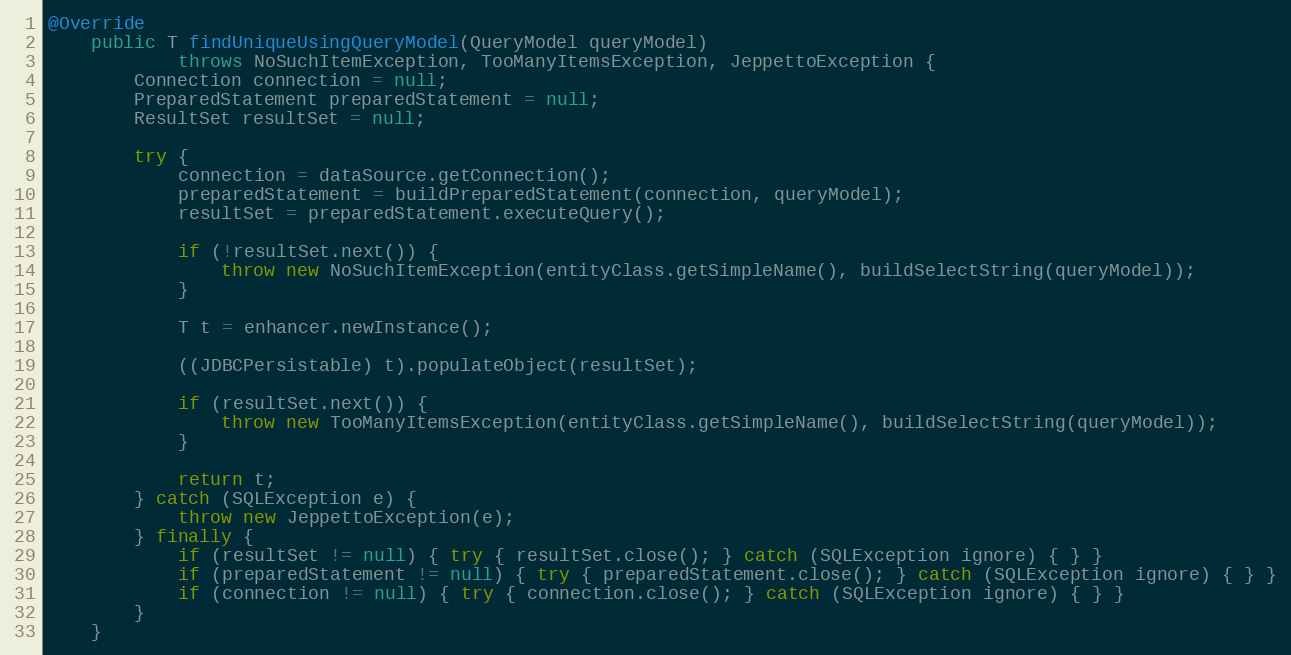
Language: Java
@Override
    public T findUniqueUsingQueryModel(QueryModel queryModel)
            throws NoSuchItemException, TooManyItemsException, JeppettoException {
        Connection connection = null;
        PreparedStatement preparedStatement = null;
        ResultSet resultSet = null;

        try {
            connection = dataSource.getConnection();
            preparedStatement = buildPreparedStatement(connection, queryModel);
            resultSet = preparedStatement.executeQuery();

            if (!resultSet.next()) {
                throw new NoSuchItemException(entityClass.getSimpleName(), buildSelectString(queryModel));
            }

            T t = enhancer.newInstance();

            ((JDBCPersistable) t).populateObject(resultSet);

            if (resultSet.next()) {
                throw new TooManyItemsException(entityClass.getSimpleName(), buildSelectString(queryModel));
            }

            return t;
        } catch (SQLException e) {
            throw new JeppettoException(e);
        } finally {
            if (resultSet != null) { try { resultSet.close(); } catch (SQLException ignore) { } }
            if (preparedStatement != null) { try { preparedStatement.close(); } catch (SQLException ignore) { } }
            if (connection != null) { try { connection.close(); } catch (SQLException ignore) { } }
        }
    }